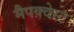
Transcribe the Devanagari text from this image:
मैपक्वेस्ट